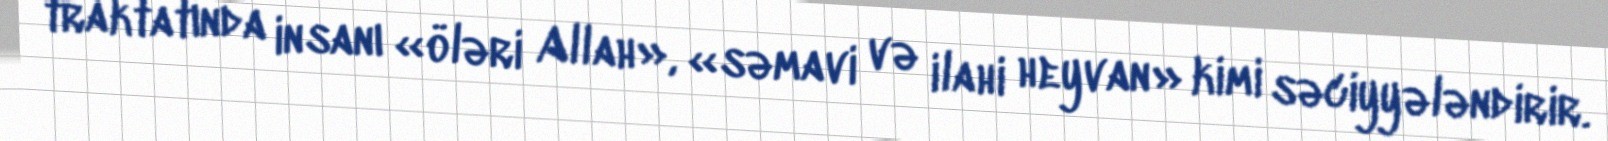
traktatında insanı «öləri Allah», «səmavi və ilahi heyvan» kimi səciyyələndirir.